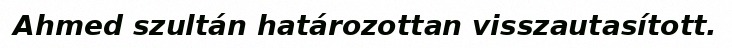
Ahmed szultán határozottan visszautasított.